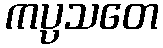
ကပ္ပသတေ